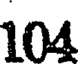
104